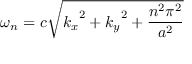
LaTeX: \omega _ { n } = c { \sqrt { { k _ { x } } ^ { 2 } + { k _ { y } } ^ { 2 } + { \frac { n ^ { 2 } \pi ^ { 2 } } { a ^ { 2 } } } } }